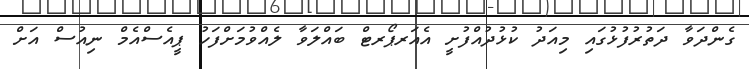
ގެންދަވާ ދަތުރުފުޅުގައި މިއަދު ކުޅުދުއްފުށީ އެއަރޕޯރޓް ބައްލަވާ ލެއްވުމަށްފަހު ޕީއެސްއެމް ނިއުސް އަށް